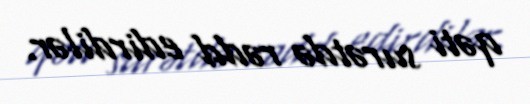
qəti surətdə rədd edirdilər.